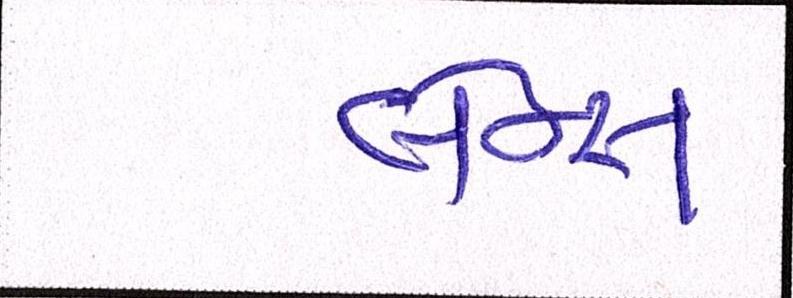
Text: લેન્સ